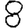
Digit: 8